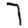
Digit: 7